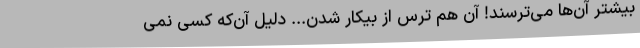
بیشتر آن‌ها می‌ترسند! آن هم ترس از بیکار شدن... دلیل آن‌که کسی نمی